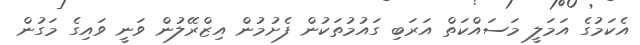
އެކަމުގެ އަމަލީ މަސައްކަތް އަރަބި ގައުމުތަކުން ފެށުމުން އިޒްރޭލުން ވަނީ ވައިގެ މަގުން